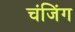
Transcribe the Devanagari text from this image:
चंजिंग